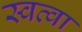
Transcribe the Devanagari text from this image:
स्वत्वा